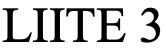
LIITE 3